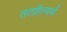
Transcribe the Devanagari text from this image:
तत्प्रीत्यर्थ